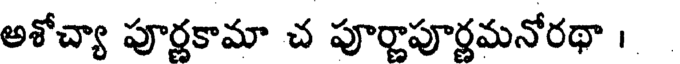
అశోచ్యా పూర్ణకామా చ పూర్ణాపూర్ణమనోరథా ।